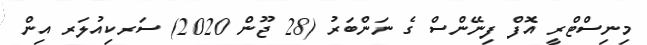
މިނިސްޓްރީ އޮފް ފިނޭންސް ގެ ނަންބަރު (28 ޖޫން 2020) ސަރކިއުލަރ އިން